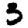
Digit: 3